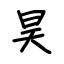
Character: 昊